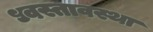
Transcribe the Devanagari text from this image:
ध्वस्तावस्था